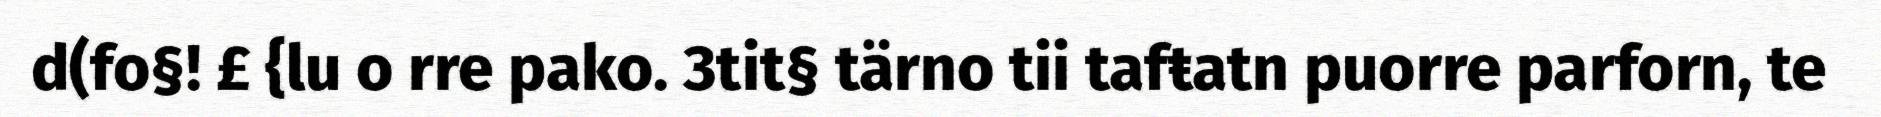
d(fo§! £ {lu o rre pako. 3tit§ tärno tii tafŧatn puorre parforn, te